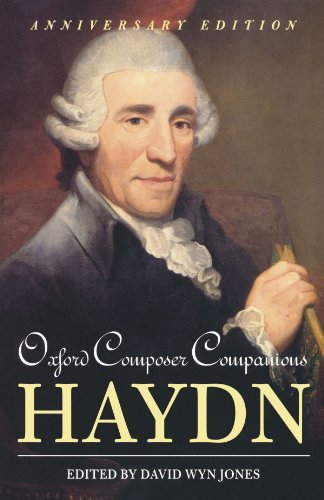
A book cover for Oxford Composer Companions: Haydn; Humor & Entertainment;